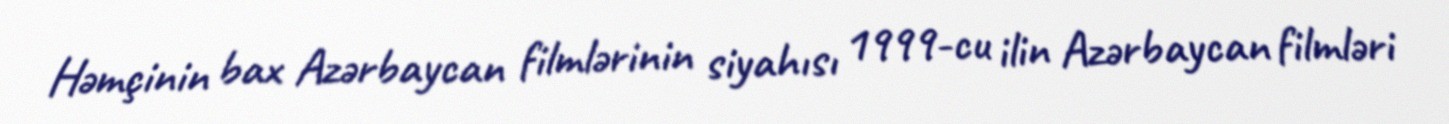
Həmçinin bax Azərbaycan filmlərinin siyahısı 1999-cu ilin Azərbaycan filmləri